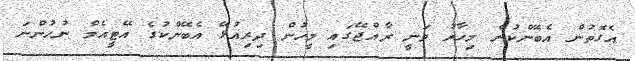
އެގޮތުން އެބޭންކުން މިހާރު ވަނީ ރާއްޖޭގައި މީހުން ދިރިއުޅޭ އެބޭންކުގެ އޭޓީއެމް ނުހުންނަ